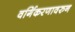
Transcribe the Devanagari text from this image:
वर्गिकरणावरुन